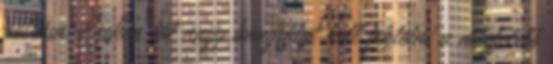
pótlása. Ezeken túl nagy hangsúlyt kell fektetni a megfelelő